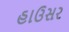
હાઉસર